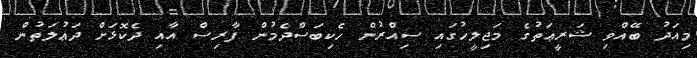
މިއަދު ބޭއްވި ޝަރީޢަތުގެ މަޖިލީހުގައި ސިއްރުން ހެކިބަސްދެމުން ފާރިސް އާއި ދެކޮޅަށް ދަޢުލަތުން